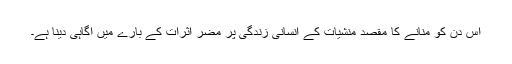
اس دن کو منانے کا مقصد منشیات کے انسانی زندگی پر مضر اثرات کے بارے میں آگاہی دینا ہے۔